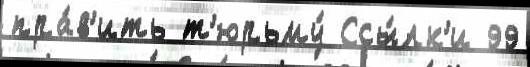
пра́в'ить т'юрьму́ Ссы́лк'и 99